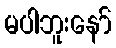
မပါဘူးနော်